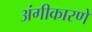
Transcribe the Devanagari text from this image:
अंगीकारणे